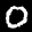
Label: 0